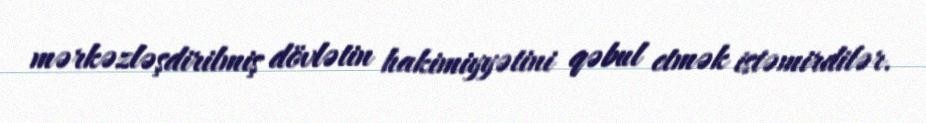
mərkəzləşdirilmiş dövlətin hakimiyyətini qəbul etmək istəmirdilər.